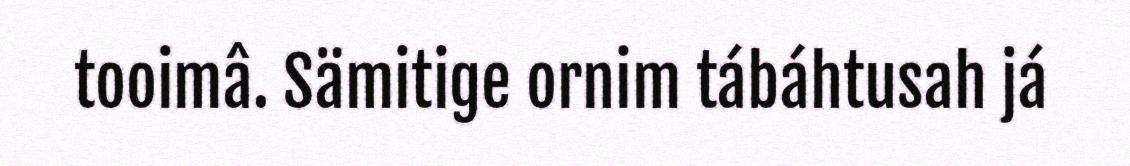
tooimâ. Sämitige ornim tábáhtusah já